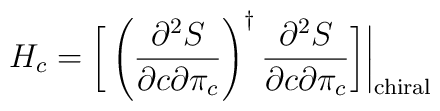
H_c=\bigg[\left({\partial^2S\over\partial c\partial\pi_c}\right)^\dagger{\partial^2 S\over\partial c\partial\pi_c}\bigg]\bigg|_{\rm chiral}